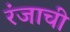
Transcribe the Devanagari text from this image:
रंजाची